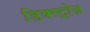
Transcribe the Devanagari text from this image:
डिक्स्ट्रोज़